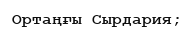
Ортаңғы Сырдария;